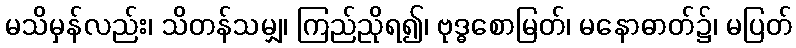
မသိမှန်လည်း၊ သိတန်သမျှ၊ ကြည်ညိုရ၍၊ ဗုဒ္ဓစောမြတ်၊ မနောဓာတ်၌၊ မပြတ်